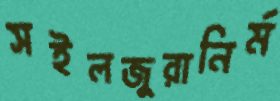
সইলজুরানির্ম